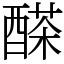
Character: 𨢕